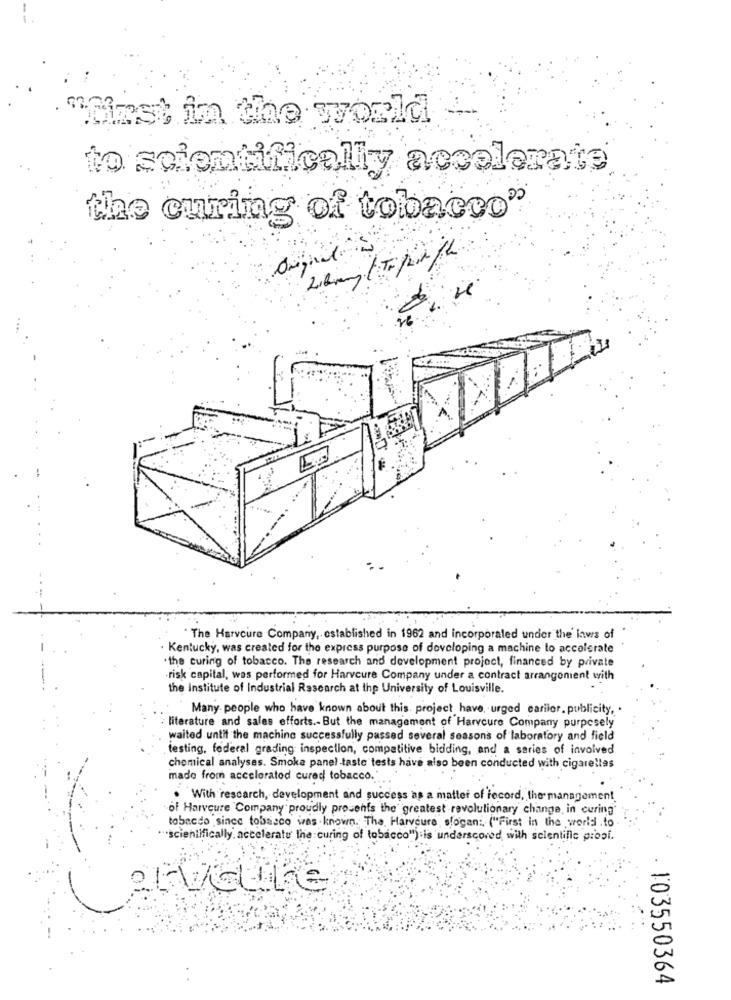
Minst in the world
to scientifically accelerate
the curing of tobacco"
. The Harvcure Company ,. established in 1962 and incorporated under the laws of
· Kentucky, was created for the express purpose of developing a machine to accelerate
"the curing of tobacco. The research and development project, financed by private
-risk capital, was performed for Harvcure Company under a contract arrangement with
the institute of Industrial Research at the University of Louisville.
Many people who have known about this. project have, urged carilor, publicity, .
literature and sales efforts .- But the management of Harvcure Company purposely
waited until the machine successfully passed several seasons of laboratory and field
testing, federal grading inspection, compatitive bidding, and a series of involved
chemical analyses. Smoke panel-taste tests have also been conducted with cigarellas
made from acceleratod cured tobacco."
.....
. With rescarch, development and success as a matter of record, the management
of Harveure Company proudly presents the greatest revolutionary change, in curing
tobacco since tobacco was known. The Harveure slogan: ("First in the world to
"scientifically acceleratu the curing of tobacco") is underscored, with scientific propi.
. 103550364